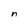
Character: n